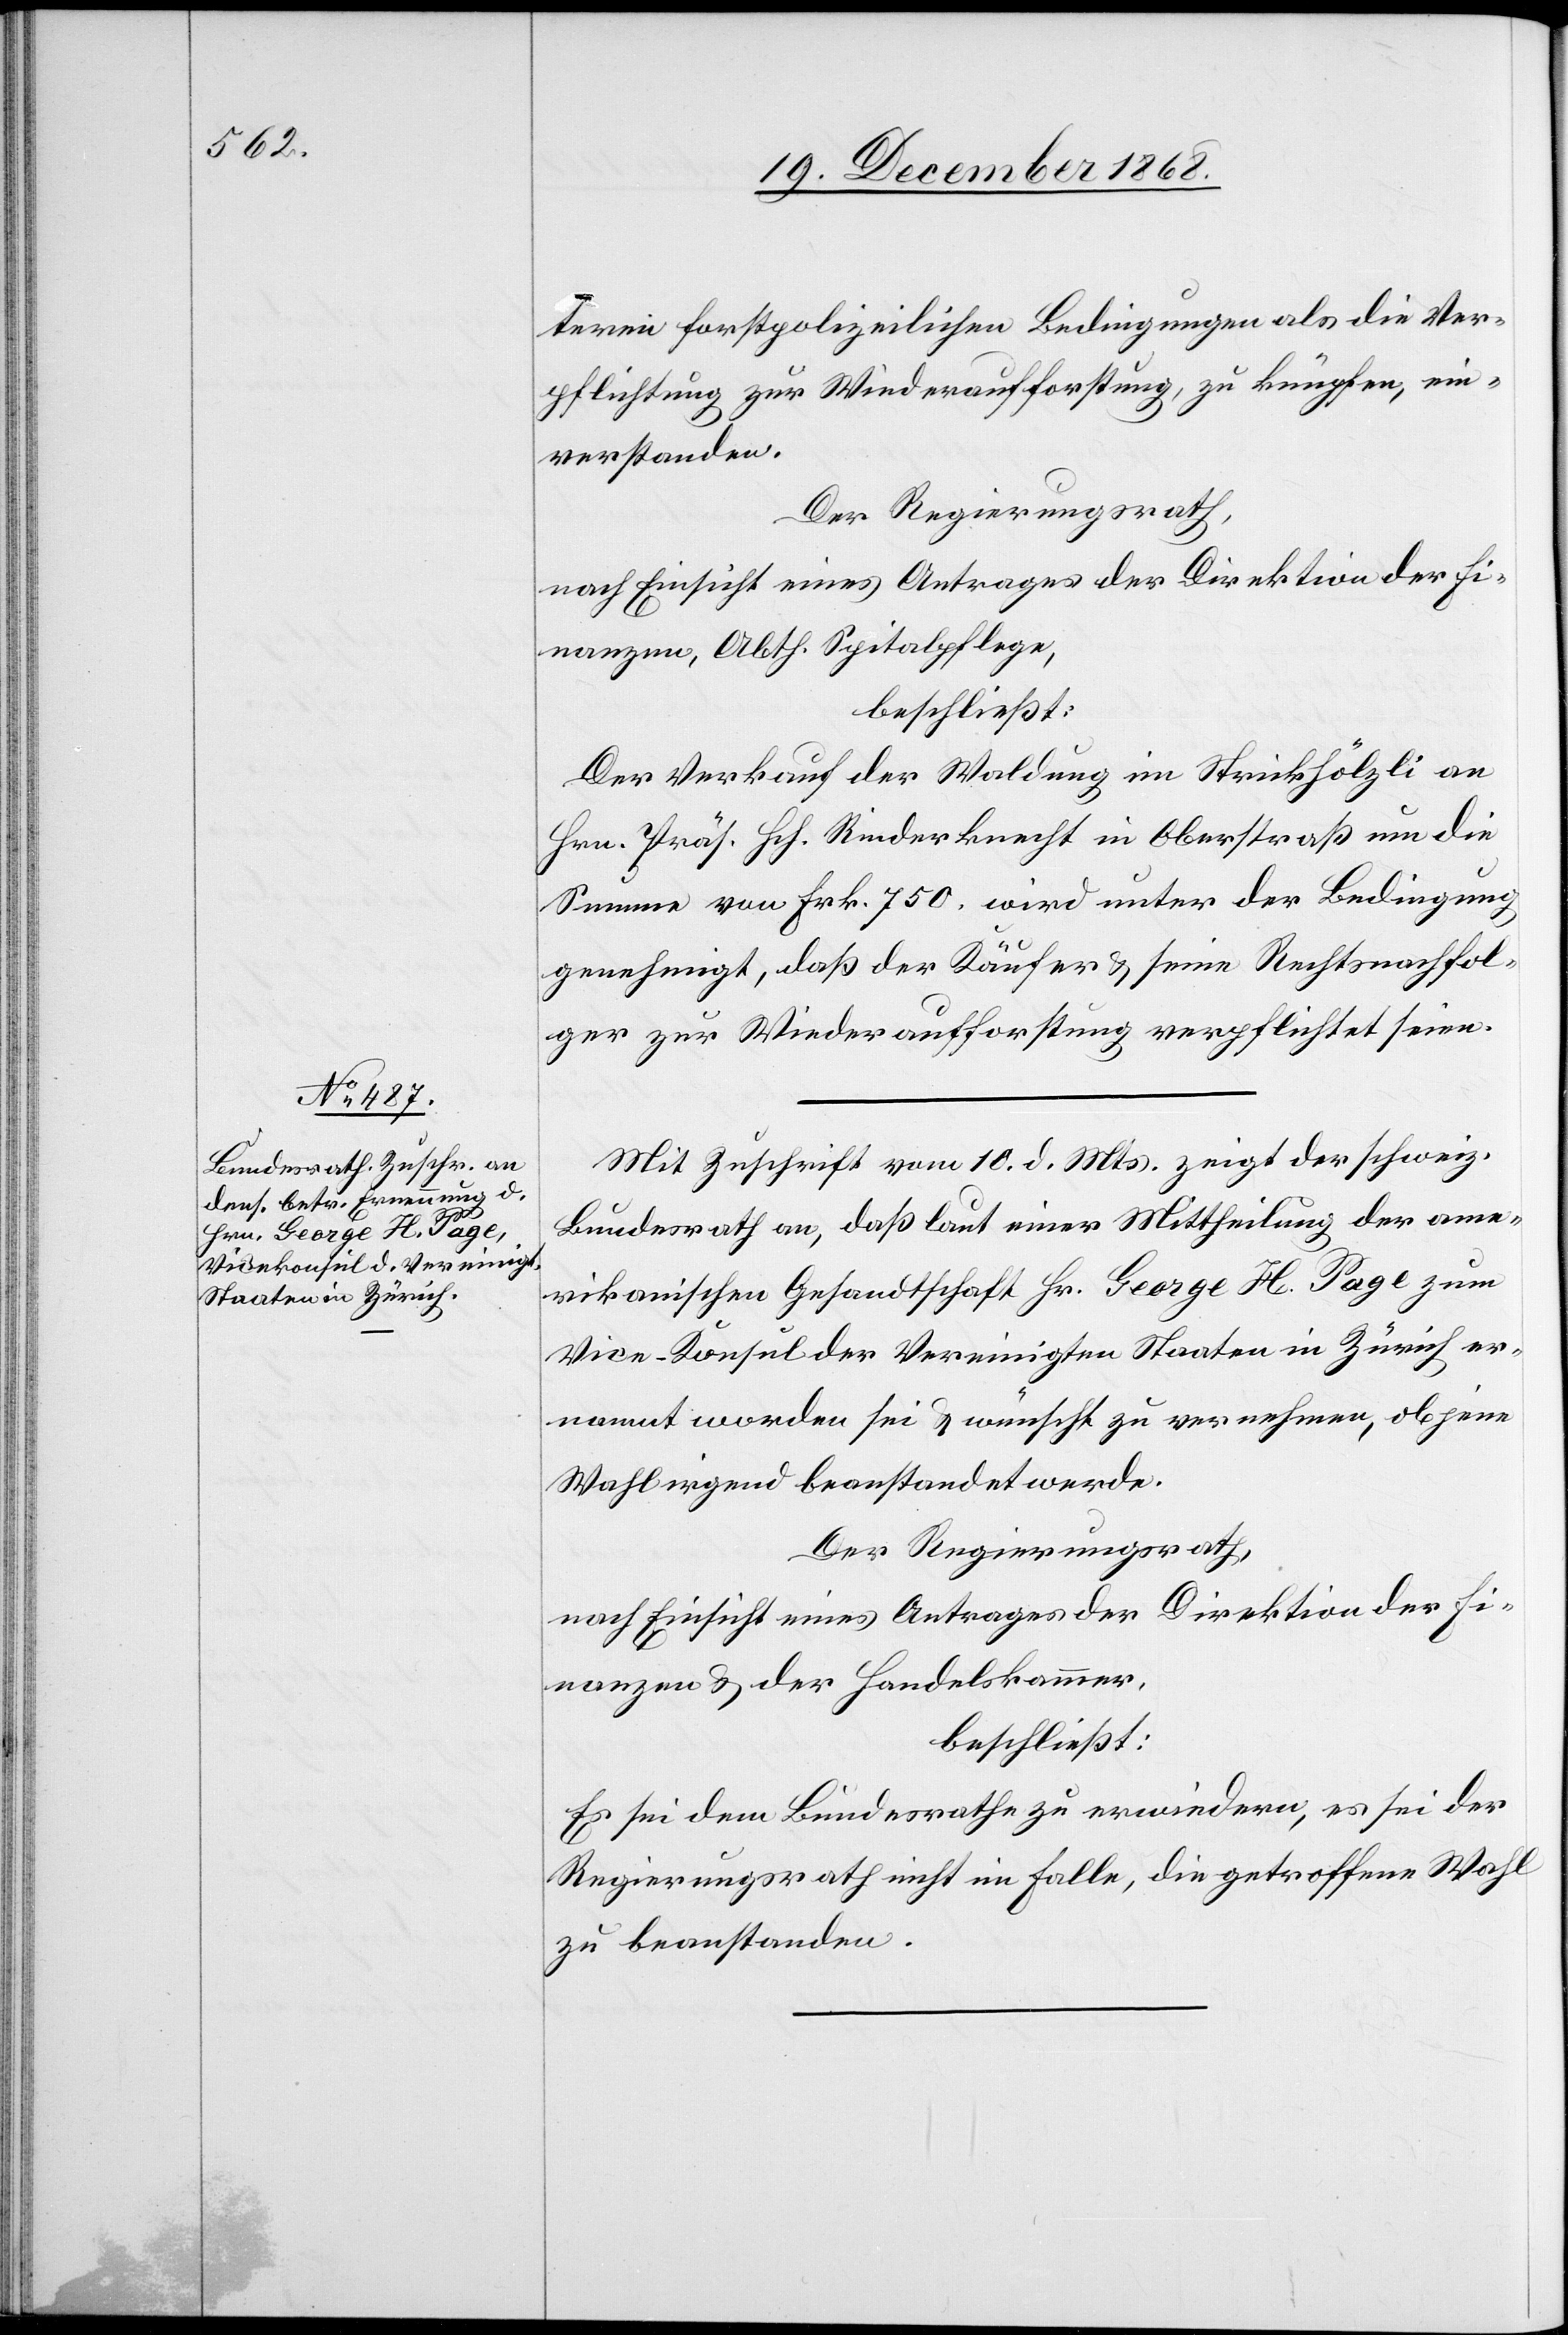
teren forstpolizeilichen Bedingungen als die Ver¬
pflichtung zur Wiederaufforstung, zu knüpfen, ein¬
verstanden.
Der Regierungsrath,
nach Einsicht eines Antrages der Direktion der Fi¬
nanzen, Abth. Spitalpflege,
beschließt:
Der Verkauf der Waldung im Strickhölzli an
Hrn. Präs. Hch. Rinderknecht in Oberstraß um die
Summe von Frk. 750. wird unter der Bedingung
genehmigt, daß der Käufer & seine Rechtsnachfol¬
ger zur Wiederaufforstung verpflichtet seien.
Mit Zuschrift vom 10. d. Mts. zeigt der schweiz.
Bundesrath an, daß laut einer Mittheilung der ame¬
rikanischen Gesandtschaft Hr. George H. Page zum
Vice-Konsul der Vereinigten Staaten in Zürich er¬
nannt worden sei & wünscht zu vernehmen, ob jene
Wahl irgend beanstandet werde.
Der Regierungsrath,
nach Einsicht eines Antrages der Direktion der Fi¬
nanzen & der Handelskammer,
beschließt:
Es sei dem Bundesrathe zu erwiedern, es sei der
Regierungsrath nicht im Falle, die getroffene Wahl
zu beanstanden.